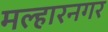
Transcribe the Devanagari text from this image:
मल्हारनगर